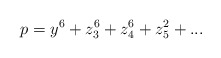
\begin{align*}p = y^{6} + z_{3}^{6} + z_{4}^{6} + z_{5}^{2} + ...\end{align*}